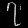
Digit: ၇